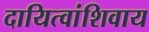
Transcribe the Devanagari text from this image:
दायित्वांशिवाय